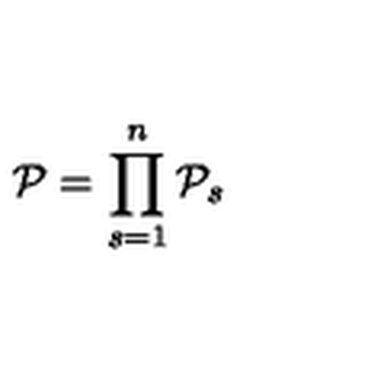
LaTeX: { \cal P } = \prod _ { s = 1 } ^ { n } { { \cal P } } _ { s }